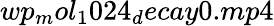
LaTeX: wp_{m}ol_{1}024_{d}ecay0.mp4